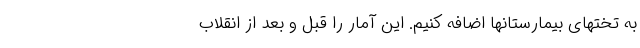
به تختهای بیمارستانها اضافه کنیم. این آمار را قبل و بعد از انقلاب